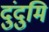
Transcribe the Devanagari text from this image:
दुंदुमि